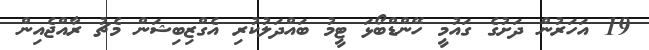
19 އަހަރުން ދަށުގެ ގައުމީ ހޭންޑްބޯޅަ ޓީމު ބައްދަލުކުރި އެގްޒިބިޝަން މެޗު ރާއްޖެއިން